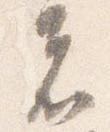
者